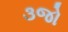
૩જો